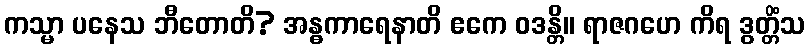
ကသ္မာ ပနေသ ဘီတောတိ? အန္ဓကာရေနာတိ ဧကေ ဝဒန္တိ။ ရာဇဂဟေ ကိရ ဒွတ္တိံသ